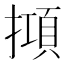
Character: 𢴦